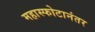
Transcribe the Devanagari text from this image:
महास्फोटानंतर